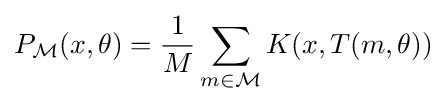
P_{\mathcal {M}}(x,\theta )={\frac {1}{M}}\sum _{m\in {\mathcal {M}}}K(x,T(m,\theta ))